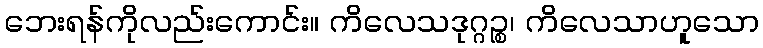
ဘေးရန်ကိုလည်းကောင်း။ ကိလေသဒုဂ္ဂဉ္စ၊ ကိလေသာဟူသော